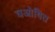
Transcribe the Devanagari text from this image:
घओषित